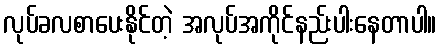
လုပ်ခလစာပေးနိုင်တဲ့ အလုပ်အကိုင်နည်းပါးနေတာပါ။